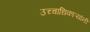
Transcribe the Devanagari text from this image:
उच्चाधिकाऱ्यांनी